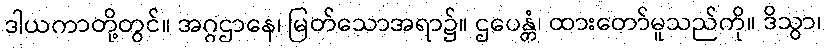
ဒါယကာတို့တွင်။ အဂ္ဂဌာနေ၊ မြတ်သောအရာ၌။ ဌပေန္တံ၊ ထားတော်မူသည်ကို။ ဒိသွာ၊